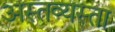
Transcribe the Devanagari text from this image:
अस्तव्यस्ता